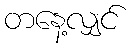
တနေ့လျှင်